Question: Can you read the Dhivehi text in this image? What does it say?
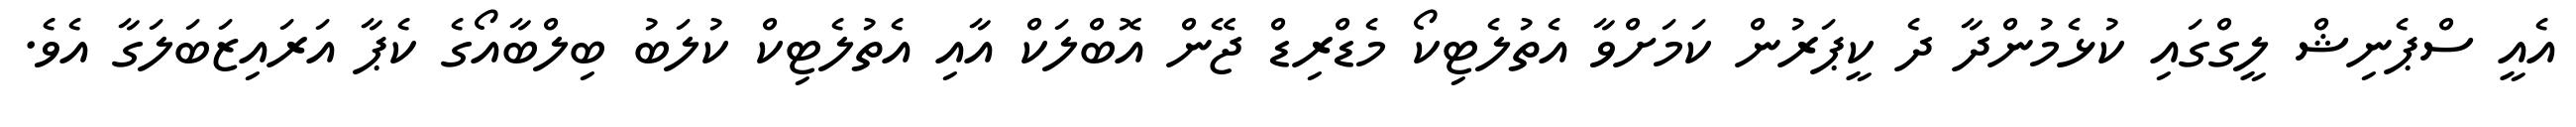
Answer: އެއީ ސްޕެނިޝް ލީގްގައި ކުޅެމުންދާ ދެ ކީޕަރުން ކަމަށްވާ އެތުލެޓިކޯ މެޑްރިޑް ޖޭން އޮބްލަކް އާއި އެތުލެޓިކް ކުލަބު ބިލްބާއޯގެ ކެޕާ އަރައިޒަބަލަގާ އެވެ.